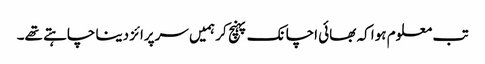
تب معلوم ہوا کہ بھائی اچانک پہنچ کر ہمیں سرپرائز دینا چاہتے تھے۔